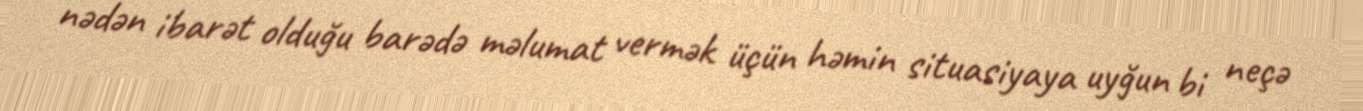
nədən ibarət olduğu barədə məlumat vermək üçün həmin situasiyaya uyğun bi neçə